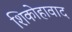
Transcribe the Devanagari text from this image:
शिकोहावाद